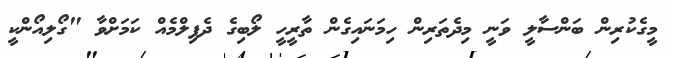
މީގެކުރިން ބަންސާލީ ވަނީ މިދެތަރިން ހިމަނައިގެން ތާރީހީ ލޯބިގެ ދެފިލްމެއް ކަމަށްވާ "ގޯލިއޯންކީ